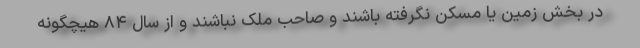
در بخش زمین یا مسکن نگرفته باشند و صاحب ملک نباشند و از سال ۸۴ هیچگونه